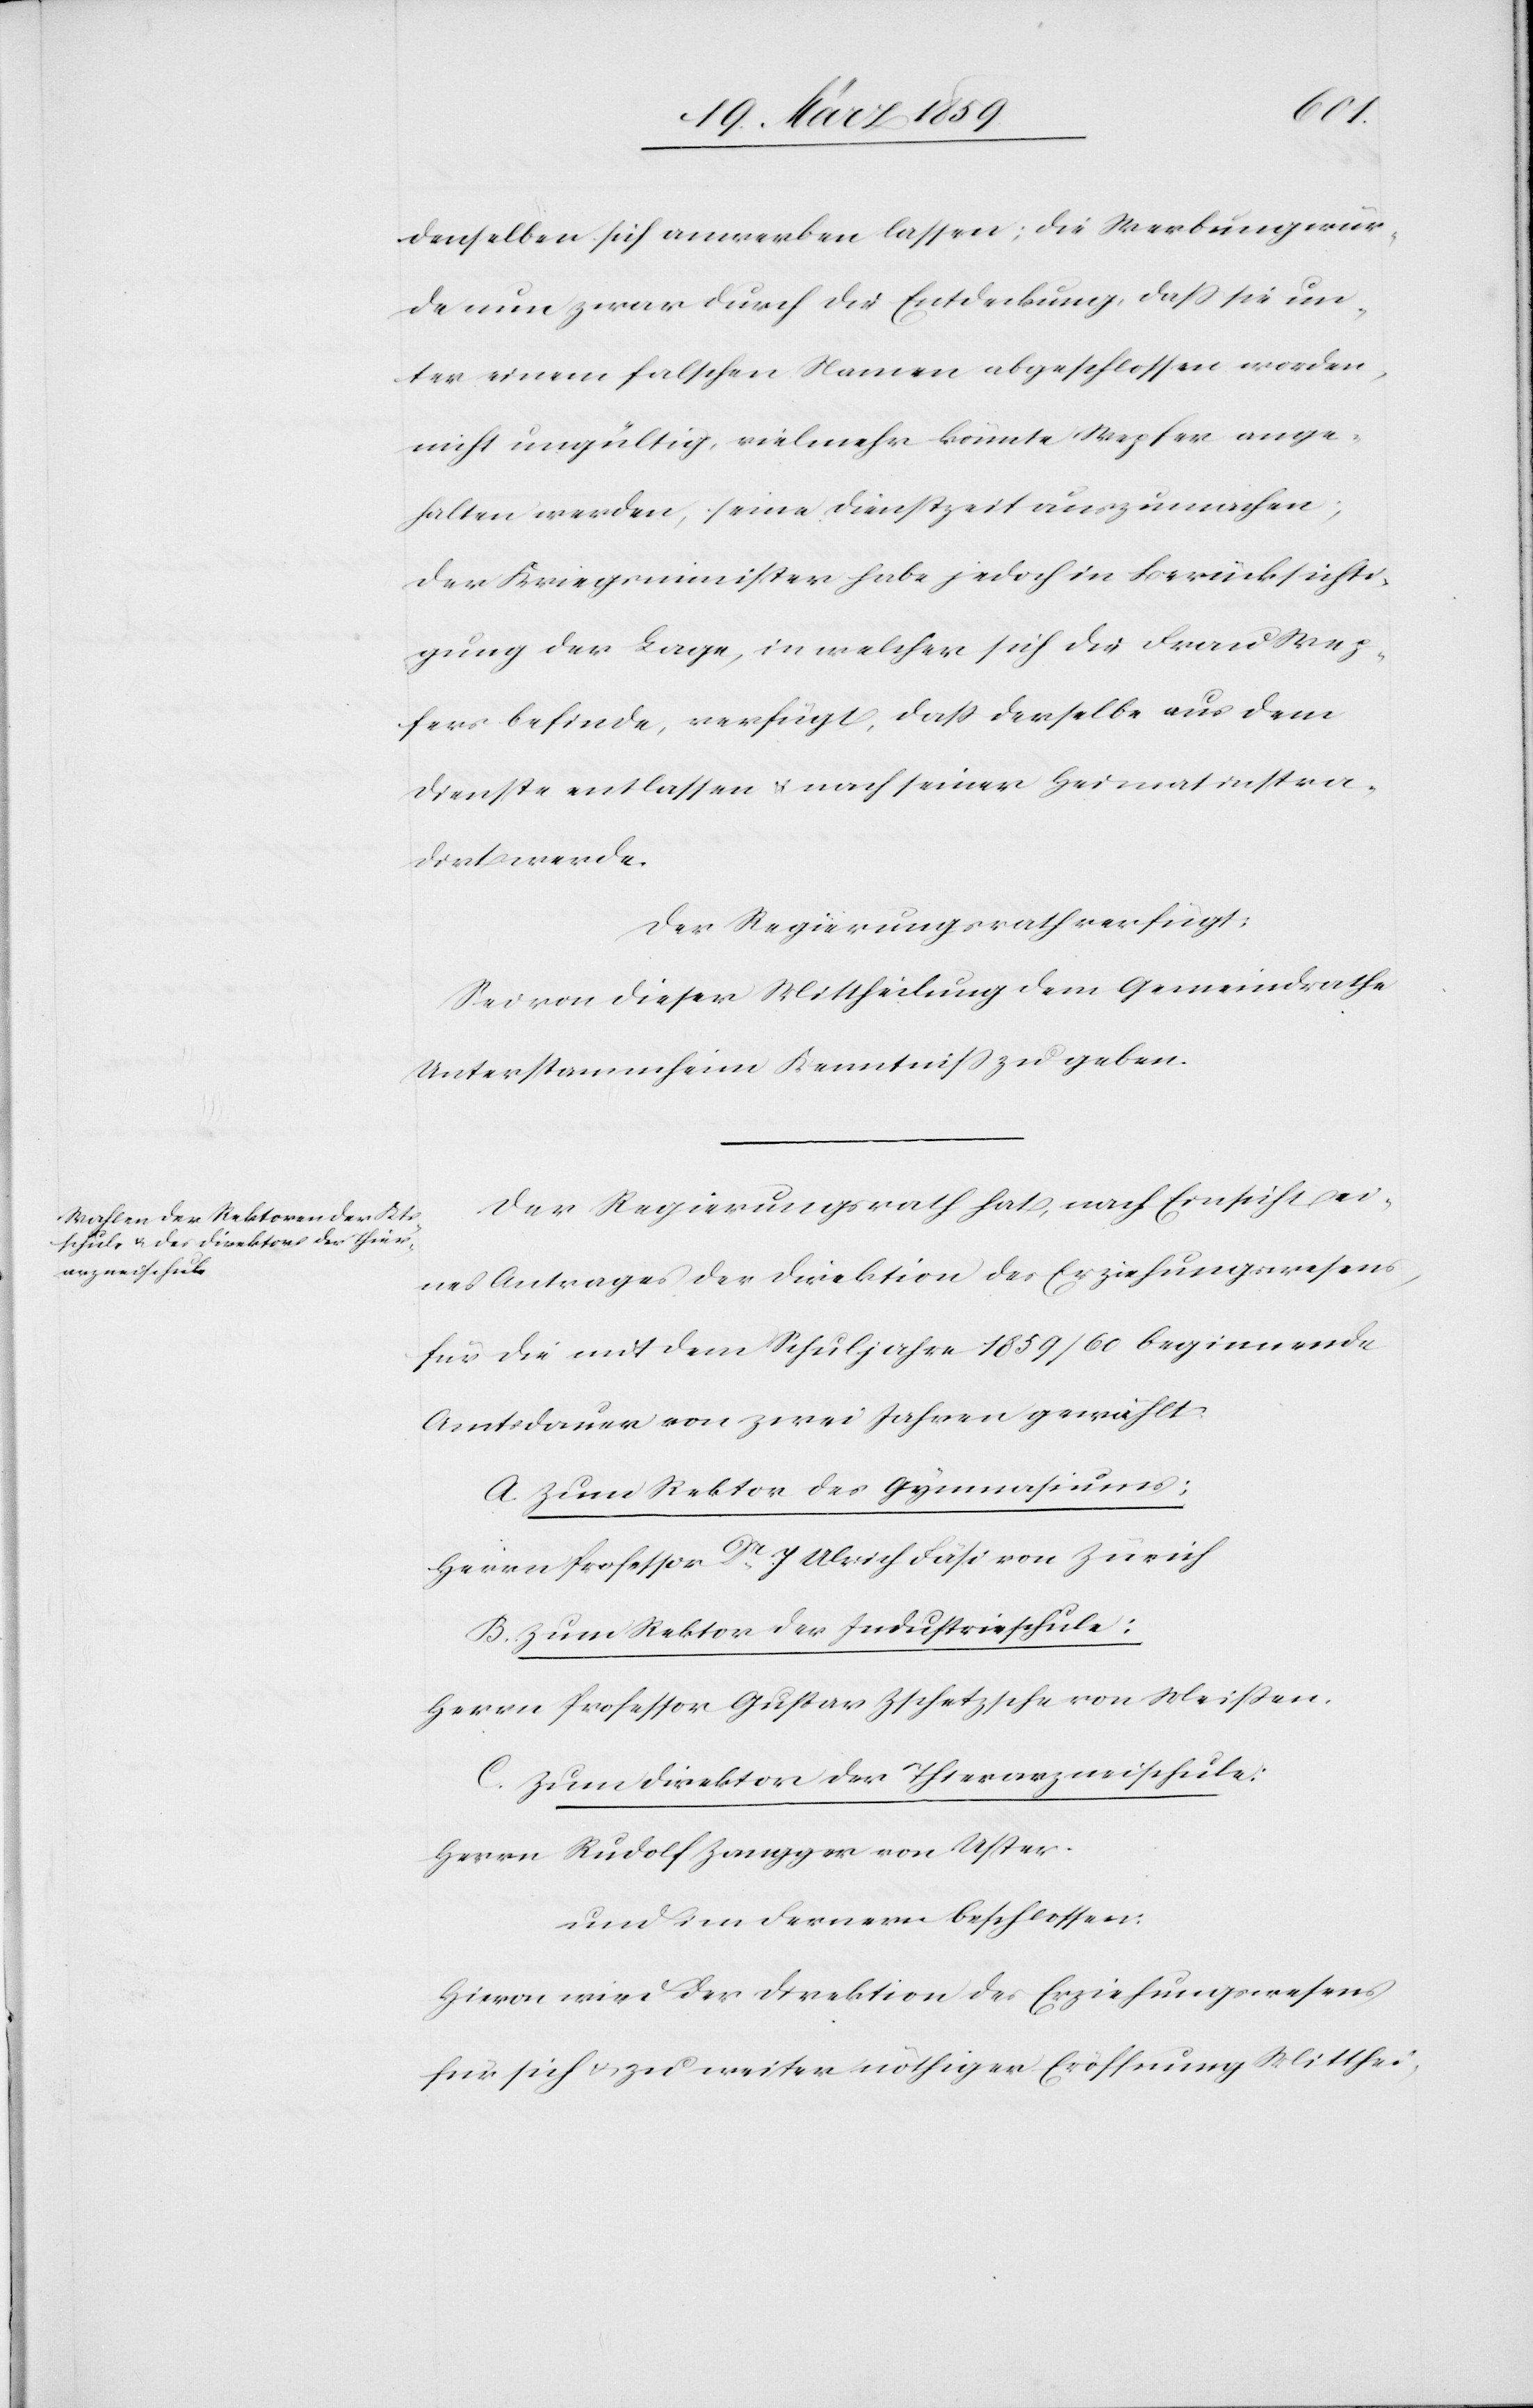
[si¬
denselben sich anwerben lassen; die Werbung wür¬
de nun zwar durch die Entdeckung, daß sie un¬
ter einem falschen Namen abgeschlossen worden,
nicht ungültig, vielmehr könnte Wepfer ange¬
halten werden, seine Dienstzeit auszumachen;
der Kriegsminister habe jedoch in Berücksichti¬
gung der Lage, in welcher sich die Frau Wep¬
c!] befinde, verfügt, daß derselbe aus dem
Dienste entlassen u. nach seiner Heimat instra¬
dirt werde.
Der Regierungsrath verfügt:
Sei von dieser Mittheilung dem Gemeindrathe
Unterstammheim Kenntniß zu geben.
Der Regierungsrath hat, nach Einsicht ei¬
nes Antrages der Direktion des Erziehungswesens,
für die mit dem Schuljahre 1859/60 beginnende
Amtsdauer von zwei Jahren gewählt:
A. Zum Rektor des Gymnasiums:
Herrn Professor Dr. J. Ulrich Fäsi von Zürich
B. Zum Rektor der Industrieschule:
Herrn Professor Gustav Zschetzsche von Meißen.
C. Zum Direktor der Thierarzneischule:
Herrn Rudolf Zangger von Uster.
und im Fernern beschlossen:
Hievon wird der Direktion des Erziehungswesens
für sich u. zu weiter nöthiger Eröffnung Mitthei-